Problem: 3 × 8 = ?
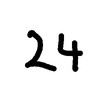
Handwritten answer: 24